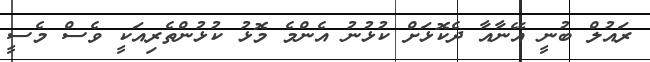
ރައުލް ބުނީ އޭނާއާ ދެކޮޅަށް ކުޅުނު އެންމެ މޮޅު ކުޅުންތެރިއަކީ ވެސް މެސީ